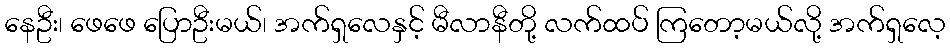
နေဦး၊ ဖေဖေ ပြောဦးမယ်၊ အက်ရှလေနှင့် မီလာနီတို့ လက်ထပ် ကြတော့မယ်လို့ အက်ရှလေ့